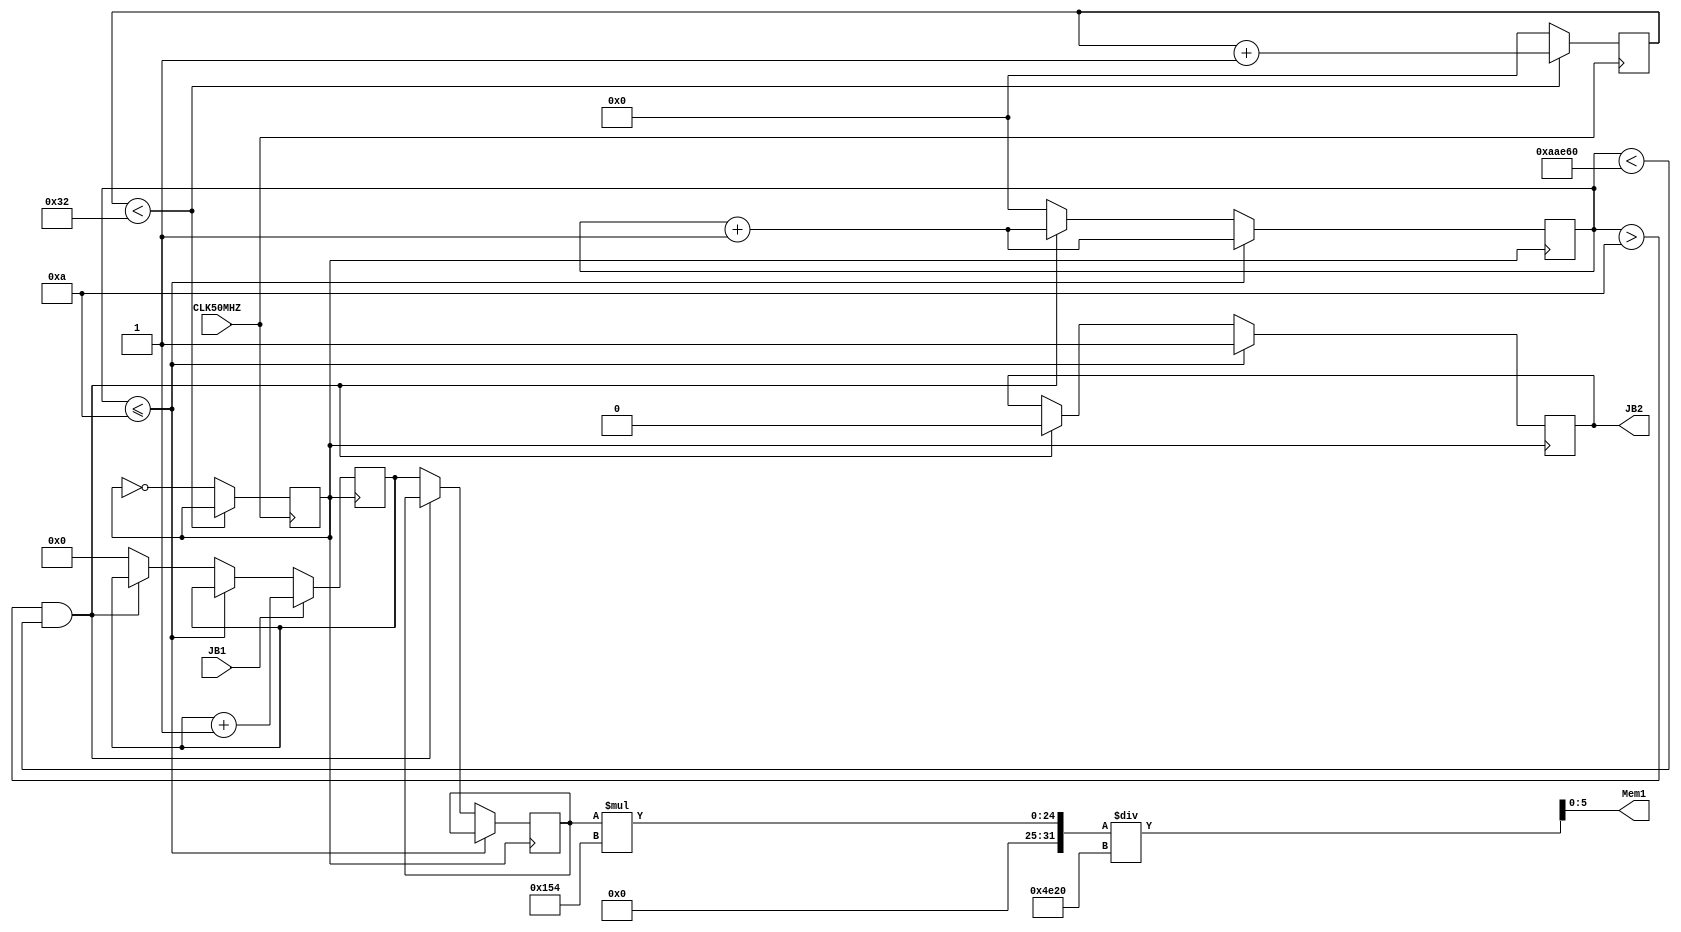
module UScircuit(Mem1, JB1, JB2, CLK50MHZ);
    input CLK50MHZ, JB1; // JB1 is echo pin of sensor
    output[5:0] Mem1;
    output JB2; // JB2 is trigger pin of sensor

    reg trig = 0;
    reg [31:0] trigcounter = 0;
    reg [15:0] distance = 0;
    reg CLK1MHZ = 0;
    reg [31:0] mhz1counter = 0;
    reg [15:0] distanceLock = 10000; // arbitrary non-zero value that fits in 16 bits

    wire [9:0] dummy = 0;

    assign JB2 = trig;
    
    assign {dummy, Mem1} = (distanceLock*340) / 20000; // Mem1 will be a memory address that displays distance in cm

    always @(posedge CLK50MHZ) begin
        if (mhz1counter < 50) begin 
            mhz1counter <= mhz1counter + 1;
        end else begin
            mhz1counter <= 0;
            CLK1MHZ <= ~CLK1MHZ;
        end
    end

    always @(posedge CLK1MHZ) begin
        if (trigcounter <= 10) begin 
            trigcounter <= trigcounter + 1;
            trig <= 1;
        end
        else if ((trigcounter > 10) & (trigcounter < 700000)) begin // big number determines measure cycle (1/1000) miliseconds
            trigcounter <= trigcounter + 1;
            trig <= 0;
        end
        else begin
            trigcounter <= 0;
            distanceLock <= distance;
            distance <= 0;
        end

        if (JB1) begin
            distance <= distance + 1;
        end
    end
endmodule